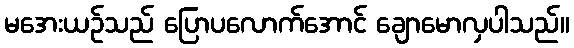
မအေးယဉ်သည် ပြောပလောက်အောင် ချောမောလှပါသည်။